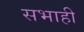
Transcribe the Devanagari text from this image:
सभाही